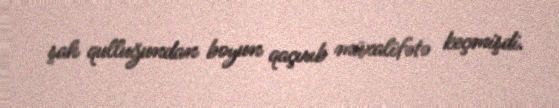
şah qulluğundan boyun qaçırıb müxalifətə keçmişdi.